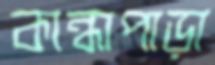
কান্ধাপাড়া